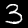
Label: 3